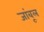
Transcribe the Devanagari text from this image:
जांबूल